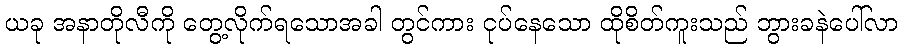
ယခု အနာတိုလီကို တွေ့လိုက်ရသောအခါ တွင်ကား ငုပ်နေသော ထိုစိတ်ကူးသည် ဘွားခနဲပေါ်လာ